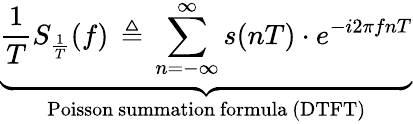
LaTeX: \underbrace{{\frac{1}{T}}S_{\frac{1}{T}}(f)\, \triangleq\, \sum_{n=-\infty}^{\infty}s(nT)\cdot e^{-i2\pi fnT}}_{\mathrm{Poisson~summation~formula~(DTFT)}}